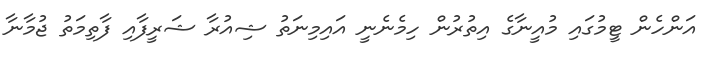
އަންހެން ޓީމުގައި މުއީނާގެ އިތުރުން ހިމެނެނީ އައިމިނަތު ޝިއުރާ ޝަރީފާއި ފާތިމަތު ޖުމާނާ